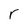
Character: r